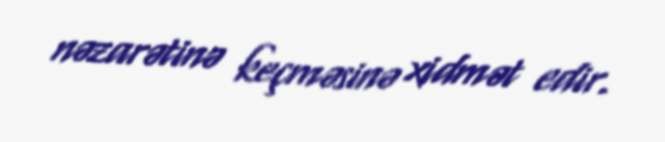
nəzarətinə keçməsinə xidmət edir.